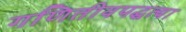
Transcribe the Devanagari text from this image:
गणितीयपद्धत्या